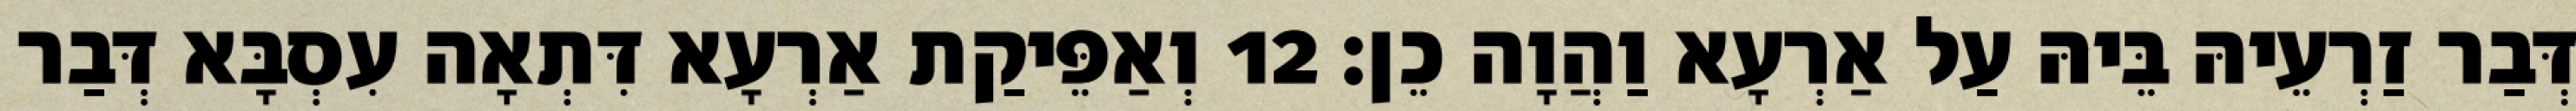
דְּבַר זַרְעֵיהּ בֵּיהּ עַל אַרְעָא וַהֲוָה כֵן׃ 12 וְאַפֵּיקַת אַרְעָא דִּתְאָה עִסְבָּא דְּבַר